Indian journal of veterinary science and animal husbandry - Volume 10,
Year: 1940
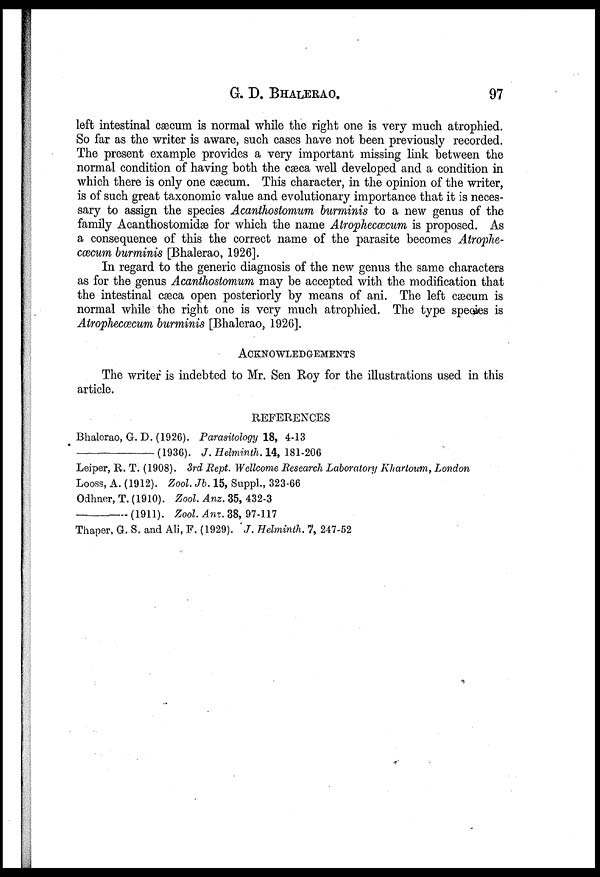
G. D. BHALERAO.
97
left intestinal cæcum is normal while the right one is very much atrophied.
So far as the writer is aware, such cases have not been previously recorded.
The present example provides a very important missing link between the
normal condition of having both the cæca well developed and a condition in
which there is only one cæcum. This character, in the opinion of the writer,
is of such great taxonomic value and evolutionary importance that it is neces-
sary to assign the species Acanthostomum burminis to a new genus of the
family Acanthostomidæ for which the name Atrophecœcum is proposed. As
a consequence of this the correct name of the parasite becomes Atrophe-
cœcum burminis [Bhalerao, 1926].
In regard to the generic diagnosis of the new genus the same characters
as for the genus Acanthostomum may be accepted with the modification that
the intestinal cæca open posteriorly by means of ani. The left cæcum is
normal while the right one is very much atrophied. The type species is
Atrophecæcum burminis [Bhalerao, 1926].
ACKNOWLEDGEMENTS
The writer is indebted to Mr. Sen Roy for the illustrations used in this
article.
REFERENCES
Bhalerao, G. D. (1926). Parasitology 18, 4-13
(1936). J. Helminth. 14, 181-206
Leiper, R. T. (1908). 3rd Rept. Wellcome Research Laboratory Khartoum, London
Looss, A. (1912). Zool. Jb. 15, Suppl., 323-66
Odhner, T.(1910). Zool. Anz. 35, 432-3
(1911). Zool. Anz. 38, 97-117
Thaper, G. S. and Ali, F. (1929). J. Helminth. 7, 247-52